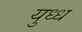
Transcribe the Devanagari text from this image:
युध्ध